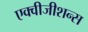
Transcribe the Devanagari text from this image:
एक्वीजीशन्स